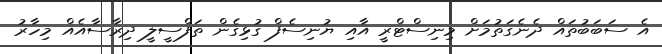
އެ ސަބަބުތައް ދެނެގަތުމަށް މިނިސްޓްރީ އާއި ޔުނިސެފް ގުޅިގެން ތަފްސީލީ ދިރާސާއެއް މިހާރު